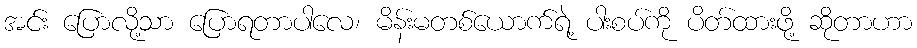
အင်း ပြောလို့သာ ပြောရတာပါလေ၊ မိန်းမတစ်ယောက်ရဲ့ ပါးစပ်ကို ပိတ်ထားဖို့ ဆိုတာဟာ